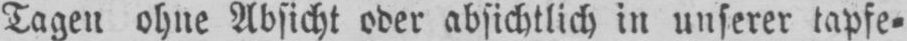
Tagen ohne Absicht oder absichtlich in unserer tapfe⸗